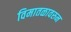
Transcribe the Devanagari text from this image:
विमातळावरुन